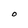
Character: O